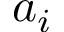
a _ { i }